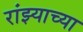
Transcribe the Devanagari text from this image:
रांझ्याच्या